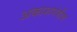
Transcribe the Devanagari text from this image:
अकाशगंगीय